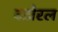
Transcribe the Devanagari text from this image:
बटोरल